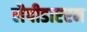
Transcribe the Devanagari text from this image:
लैपीडाप्टरन